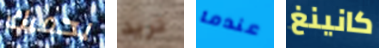
يحميك تريد عندما كانينغ